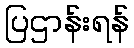
ပြဌာန်းရန်